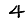
Digit: 4